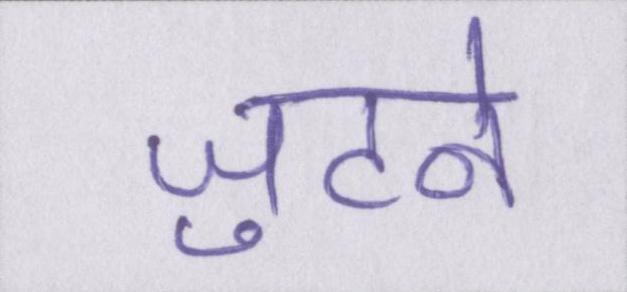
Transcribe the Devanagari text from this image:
जुटने